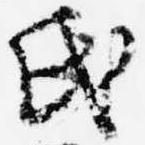
氏